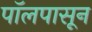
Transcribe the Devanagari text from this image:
पॉलपासून